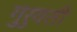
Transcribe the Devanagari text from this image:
गुरुयती